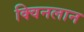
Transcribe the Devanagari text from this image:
क्विनलान